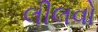
લીલવો